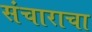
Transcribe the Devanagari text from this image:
संचाराचा